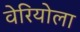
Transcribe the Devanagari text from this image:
वेरियोला